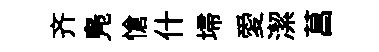
齐鳬愴什埽愛潔菖